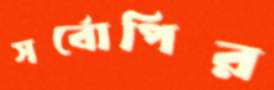
সর্বোপির